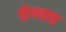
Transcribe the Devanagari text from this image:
होवडाह